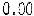
0.00